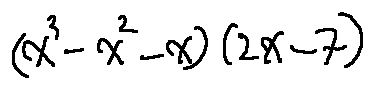
( x ^ { 3 } - x ^ { 2 } - x ) ( 2 x - 7 )